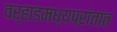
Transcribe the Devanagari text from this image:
वर्‍हाडमध्यप्रांतांत